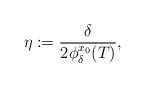
LaTeX: \begin{align*}\eta := \frac{\delta}{2 \phi_{\delta}^{x_0}(T)},\end{align*}